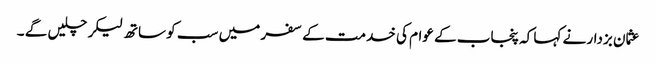
عثمان بزدار نے کہا کہ پنجاب کے عوام کی خدمت کے سفر میں سب کو ساتھ لیکر چلیں گے ۔